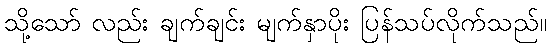
သို့သော် လည်း ချက်ချင်း မျက်နှာပိုး ပြန်သပ်လိုက်သည်။